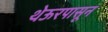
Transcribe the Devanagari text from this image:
थेऊरपासून